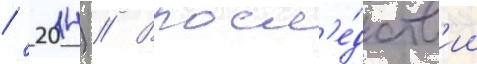
/ 2014) // Впосл'е́дств'ии